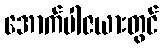
အောက်ပါဇယားတွင်